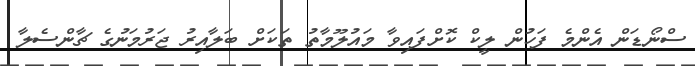
ސްނޯޑަން އެންމެ ފަހުން ލީކް ކޮށްފައިވާ މައުލޫމާތު ތަކަށް ބަލާއިރު ޖަރުމަނުގެ ޗާންސެލާ